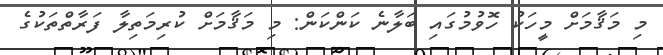
މި މަޤާމަށް މީހަކު ހޮވުމުގައި ބަލާނެ ކަންކަން: މި މަޤާމަށް ކުރިމަތިލާ ފަރާތްތަކުގެ